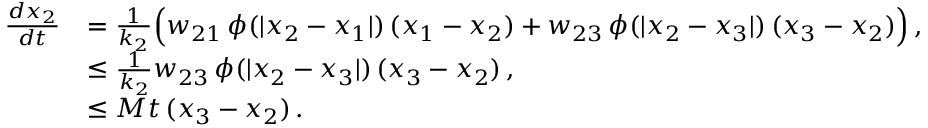
\begin{array} { r l } { \frac { d x _ { 2 } } { d t } } & { = \frac { 1 } { k _ { 2 } } \Big ( w _ { 2 1 } \, \phi ( | x _ { 2 } - x _ { 1 } | ) \, ( x _ { 1 } - x _ { 2 } ) + w _ { 2 3 } \, \phi ( | x _ { 2 } - x _ { 3 } | ) \, ( x _ { 3 } - x _ { 2 } ) \Big ) \, , } \\ & { \leq \frac { 1 } { k _ { 2 } } w _ { 2 3 } \, \phi ( | x _ { 2 } - x _ { 3 } | ) \, ( x _ { 3 } - x _ { 2 } ) \, , } \\ & { \leq M t \, ( x _ { 3 } - x _ { 2 } ) \, . } \end{array}